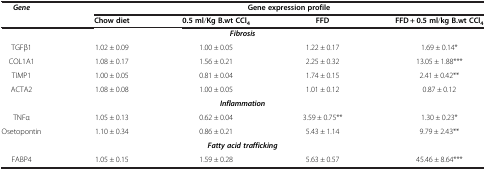
<table><thead><tr><td rowspan="2"><b><i>Gene</i></b></td><td colspan="4"><b>Gene expression profile</b></td></tr><tr><td><b>Chow diet</b></td><td><b>0.5 ml/Kg B.wt CCl<sub>4</sub></b></td><td><b>FFD</b></td><td><b>FFD + 0.5 ml/kg B.wt CCl<sub>4</sub></b></td></tr></thead><tbody><tr><td colspan="5"><b><i>Fibrosis</i></b></td></tr><tr><td>TGFβ1</td><td>1.02 ± 0.09</td><td>1.00 ± 0.05</td><td>1.22 ± 0.17</td><td>1.69 ± 0.14*</td></tr><tr><td>COL1A1</td><td>1.08 ± 0.17</td><td>1.56 ± 0.21</td><td>2.25 ± 0.32</td><td>13.05 ± 1.88***</td></tr><tr><td>TIMP1</td><td>1.00 ± 0.05</td><td>0.81 ± 0.04</td><td>1.74 ± 0.15</td><td>2.41 ± 0.42**</td></tr><tr><td>ACTA2</td><td>1.08 ± 0.08</td><td>1.00 ± 0.05</td><td>1.01 ± 0.12</td><td>0.87 ± 0.12</td></tr><tr><td colspan="5"><b><i>Inflammation</i></b></td></tr><tr><td>TNFα</td><td>1.05 ± 0.13</td><td>0.62 ± 0.04</td><td>3.59 ± 0.75**</td><td>1.30 ± 0.23*</td></tr><tr><td>Osetopontin</td><td>1.10 ± 0.34</td><td>0.86 ± 0.21</td><td>5.43 ± 1.14</td><td>9.79 ± 2.43**</td></tr><tr><td colspan="5"><b><i>Fatty acid trafficking</i></b></td></tr><tr><td>FABP4</td><td>1.05 ± 0.15</td><td>1.59 ± 0.28</td><td>5.63 ± 0.57</td><td>45.46 ± 8.64***</td></tr></tbody></table>